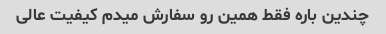
چندین باره فقط همین رو سفارش میدم کیفیت عالی